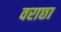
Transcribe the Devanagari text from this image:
वराछा